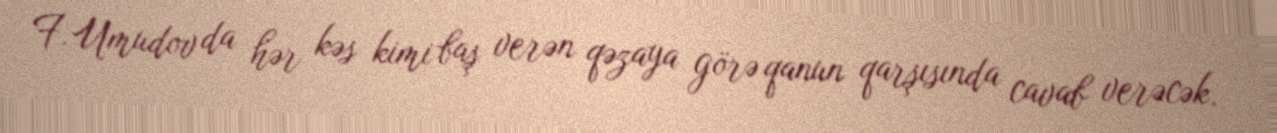
F.Umudov da hər kəs kimi baş verən qəzaya görə qanun qarşısında cavab verəcək.